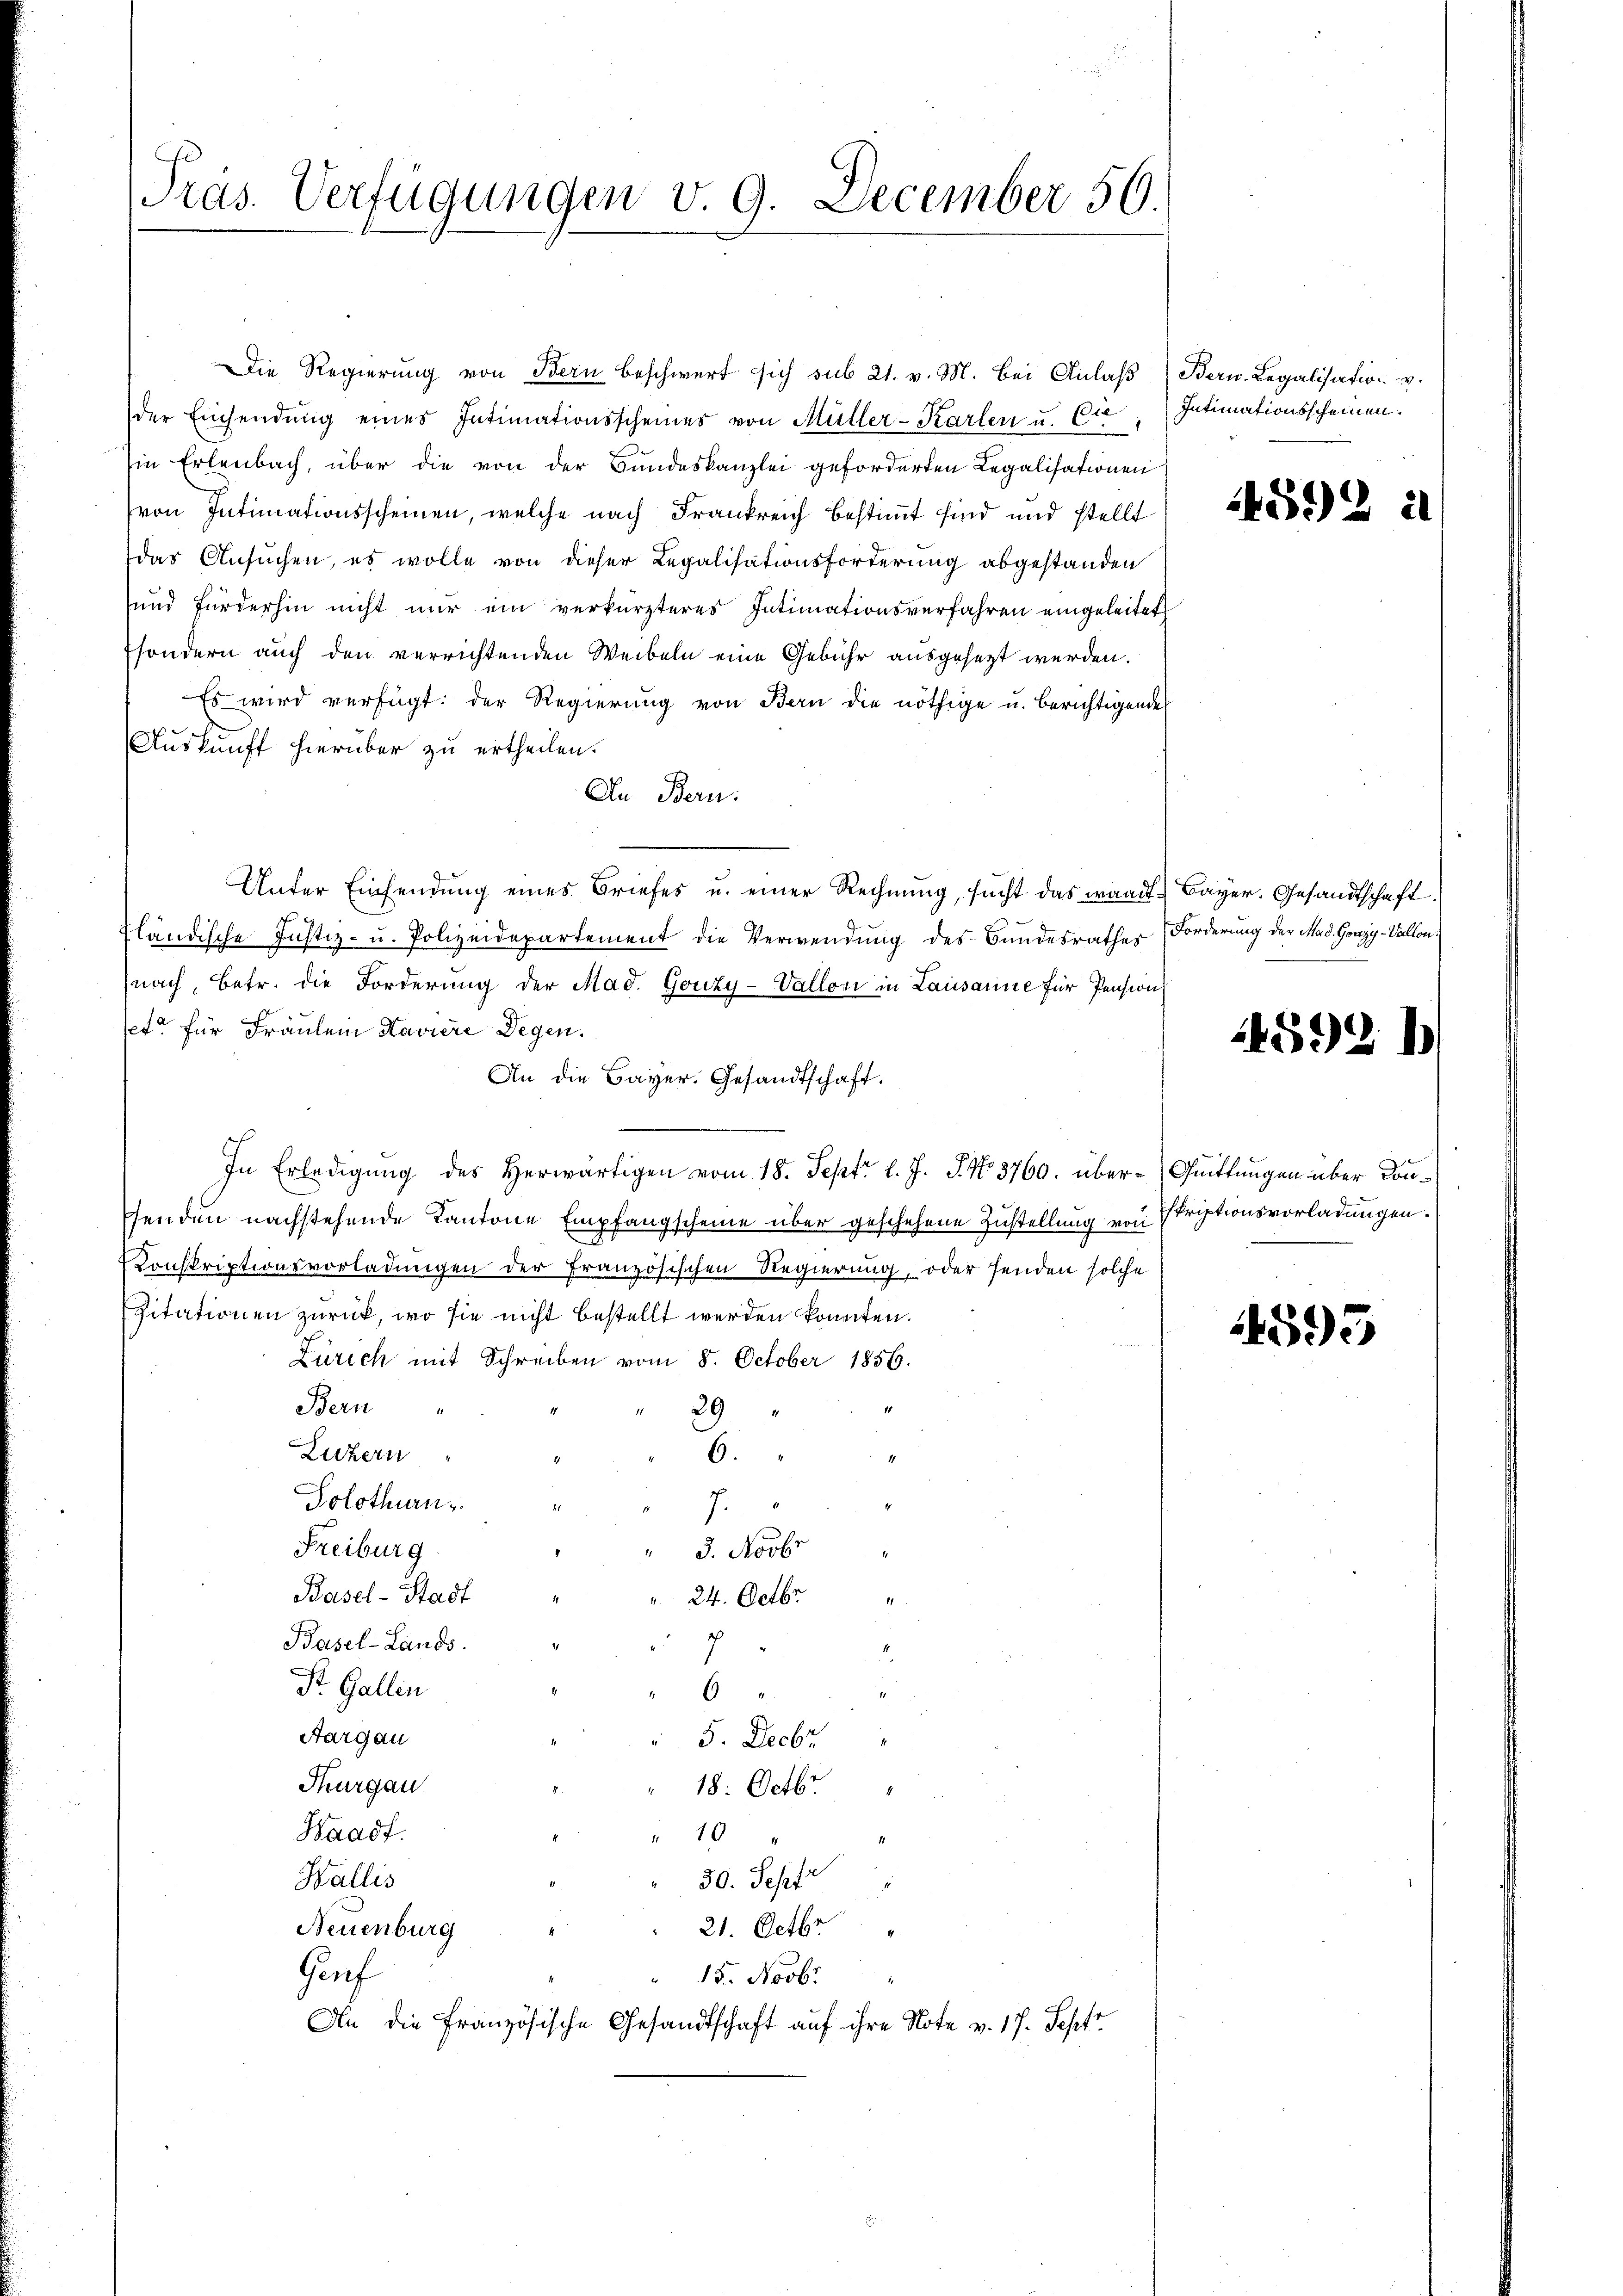
Präs. Verfügungen v. 9. December 50.

Die Regierung von Bern beschwert sich sub 21. v. M. bei Anlaß
der Einsendŭng eines Intimationsscheines von Müller-Karten u. Cie
in Erlenbach, über die von der Bundeskanzlei geforderten Legalisationen
von Intimationsscheinen, welche nach Frankreich bestimmt sind und stellt
das Ansuchen, es wolle von dieser Legalisationsforderung abgestanden
und fürderhin nicht nur ein verkürzteres Intimationsverfahren eingeleitet
sondern auch den verrichtenden Weibeln eine Gebühr ausgesezt werden.
Es wird verfügt: der Regierung von Bern die nöthige u. berichtigende
s
Auskunft hierüber zu ertheilen.
An Bern:
Unter Einsendung eines Briefes u. einer Rechnung, sucht das waadt Bayer. Gesandtschaft
fländische Justiz- u. Polizeidepartement die Verwendung des Bundesrathes
nach, betr. die Forderung der Mad. Gonzy-Vallon in Lausanne für Pension
sete für Fräulein Haviere Degen.
An die Bayer. Gesandtschaft.
In Erledigung des herwärtigen vom 18. Sept. l. J. J. No. 3760. über- Quittungen über Kon¬
Penden nachstehende Kantone Empfangscheine über geschehene Zustellung von Skriptionsvorladungen.
Konskriptionsvorladungen der Französischen Regierung, oder senden solche
Zitationen zurück, wo sie nicht bestellt werden könnten.
Zürich mit Schreiben vom 8. October 1856.
Bern
29
Luzern
6.
1
Solothurn,
7.
Freiburg
" 3. Novbr.
Basel-Stadt
24. Octbr.
2
7
Basel-Lands
Dr. Gallin
6
Aargau
5. Decbr.
.
Thurgau
18. Octbr.
Haadf.
19
30. Sept
Wallis
21. Octbr
Neuenburg
Gauf
15. Novbr
An die Französische Gesandtschaft auf ihre Note v. 17. Sept.

Bern. Legalisation v.
Intimationsscheinen.

1451) 2

Forderung der Mad. Gonzy-Vallon:

14592.

593

2